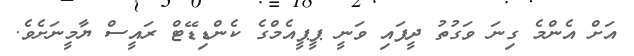
އަށް އެންމެ ގިނަ ވަގުތު ދީފައި ވަނީ ޕީޕީއެމްގެ ކެންޑިޑޭޓް ރައީސް ޔާމީނަށެވެ.